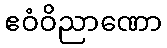
ဧဝံဝိညာဏော